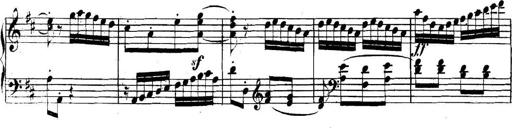
Title: Collected Piano Sonatas
Composer: Muzio Clementi